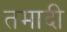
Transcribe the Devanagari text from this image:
तमादी